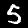
Label: 5